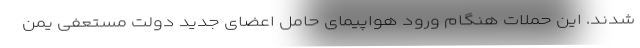
شدند. این حملات هنگام ورود هواپیمای حامل اعضای جدید دولت مستعفی یمن